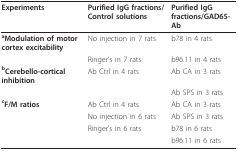
<table><thead><tr><td><b>Experiments</b></td><td><b>Purified IgG fractions/Control solutions</b></td><td><b>Purified IgG fractions/GAD65-Ab</b></td></tr></thead><tbody><tr><td><b><sup>a</sup>Modulation of motor cortex excitability</b></td><td>No injection in 7 rats</td><td>b78 in 4 rats</td></tr><tr><td></td><td>Ringer&#x27;s in 7 rats</td><td>b96.11 in 4 rats</td></tr><tr><td><b><sup>b</sup>Cerebello-cortical inhibition</b></td><td>Ab Ctrl in 4 rats</td><td>Ab CA in 3 rats</td></tr><tr><td></td><td></td><td>Ab SPS in 3 rats</td></tr><tr><td><b><sup>c</sup>F/M ratios</b></td><td>Ab Ctrl in 4 rats</td><td>Ab CA in 3 rats</td></tr><tr><td></td><td>No injection in 6 rats</td><td>Ab SPS in 3 rats</td></tr><tr><td></td><td>Ringer&#x27;s in 6 rats</td><td>b78 in 6 rats</td></tr><tr><td></td><td></td><td>b96.11 in 6 rats</td></tr></tbody></table>